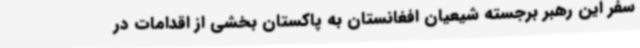
سفر این رهبر برجسته شیعیان افغانستان به پاکستان بخشی از اقدامات در